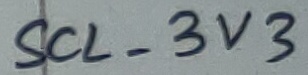
Text: SCL_3V3